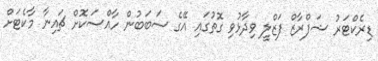
ޑިރެކްޓަރު ޝަފްރާޒް ފަޒްލީ ވިދާޅުވި ގޮތުގައި އޭގެ ސަބަބުން ހާއްސަކޮށް ޗައިނާ މާކެޓަށް